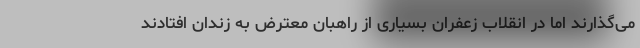
می‌گذارند اما در انقلاب زعفران بسیاری از راهبان معترض به زندان افتادند